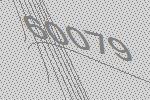
60079